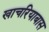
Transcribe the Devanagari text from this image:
खाचरियाबास